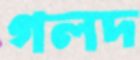
গলদ